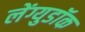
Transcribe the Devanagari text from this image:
लेंग्युडॉक